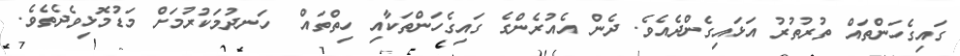
ގައިގެހަންތައް ތުރުތުރު އަޅައިގެންދެއެވެ. ދެން އެއުރެންގެ ގައިގެހަންތަކާއި ހިތްތައް  ހަނދުމަކުރުމަށް މަޑުމޮޅިވެދެތެވެ.